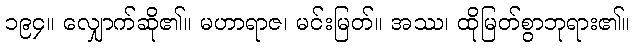
၁၉၄။ လျှောက်ဆို၏။ မဟာရာဇ၊ မင်းမြတ်။ အဿ၊ ထိုမြတ်စွာဘုရား၏။